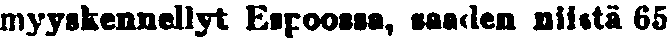
myyskennellyt Espoossa, saaden niistä 65